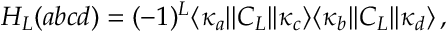
H _ { L } ( a b c d ) = ( - 1 ) ^ { L } \langle \kappa _ { a } | | C _ { L } | | \kappa _ { c } \rangle \langle \kappa _ { b } | | C _ { L } | | \kappa _ { d } \rangle \, ,